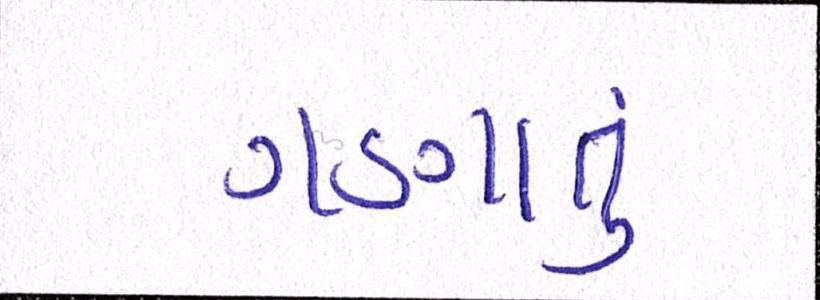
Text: ગણાતું